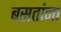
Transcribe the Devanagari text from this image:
बसतांना